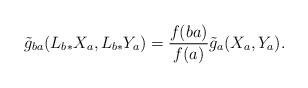
LaTeX: \begin{align*}\tilde{g}_{ba}(L_{b\ast}X_a,L_{b\ast}Y_a)=\frac{f(ba)}{f(a)}\tilde{g}_a(X_a,Y_a).\end{align*}